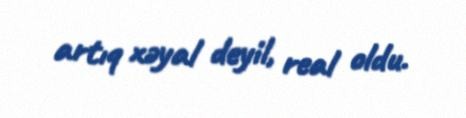
artıq xəyal deyil, real oldu.